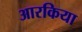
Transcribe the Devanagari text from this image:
आरकिया